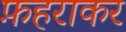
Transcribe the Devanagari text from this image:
फ़हराकर